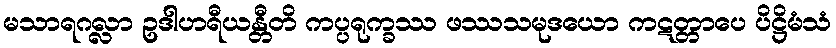
မသာရဂလ္လာ ဥဒါဟရီယန္တီတိ ကပ္ပရုက္ခဿ ဖဿသမုဒယော ကဋတ္တာပေ ပိဋ္ဌိမံသံ